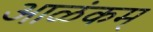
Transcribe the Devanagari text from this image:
आळंकम्